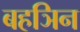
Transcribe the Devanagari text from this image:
बहञिन